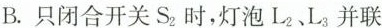
B. 只闭合开关 S_{2} 时，灯泡 L_{2}、L_{3} 并联